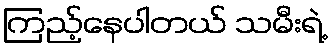
ကြည့်နေပါတယ် သမီးရဲ့